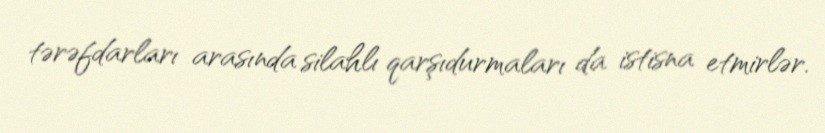
tərəfdarları arasında silahlı qarşıdurmaları da istisna etmirlər.